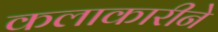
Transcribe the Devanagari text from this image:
कलाकारीने